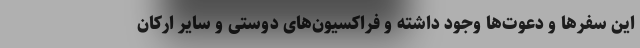
این سفرها و دعوت‌ها وجود داشته و فراکسیون‌های دوستی و سایر ارکان